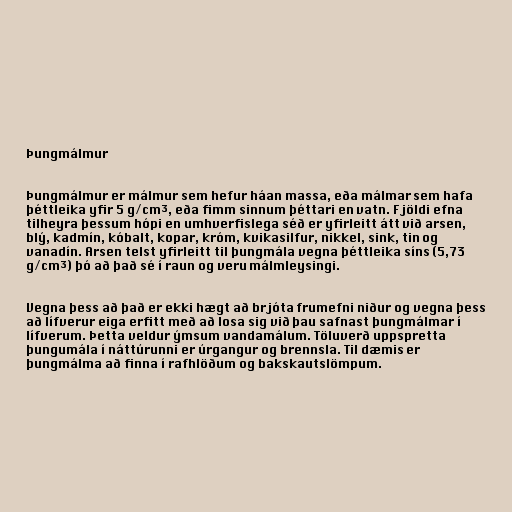
Þungmálmur

Þungmálmur er málmur sem hefur háan massa, eða málmar sem hafa
þéttleika yfir 5 g/cm³, eða fimm sinnum þéttari en vatn. Fjöldi efna
tilheyra þessum hópi en umhverfislega séð er yfirleitt átt við arsen,
blý, kadmín, kóbalt, kopar, króm, kvikasilfur, nikkel, sink, tin og
vanadín. Arsen telst yfirleitt til þungmála vegna þéttleika síns (5,73
g/cm³) þó að það sé í raun og veru málmleysingi.

Vegna þess að það er ekki hægt að brjóta frumefni niður og vegna þess
að lífverur eiga erfitt með að losa sig við þau safnast þungmálmar í
lífverum. Þetta veldur ýmsum vandamálum. Töluverð uppspretta
þungumála í náttúrunni er úrgangur og brennsla. Til dæmis er
þungmálma að finna í rafhlöðum og bakskautslömpum.